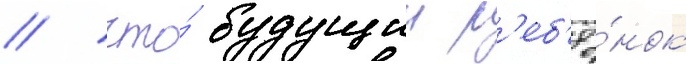
/ что́ будущии р'еб'ё́нок